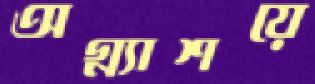
অগ্ন্যাশয়ে